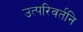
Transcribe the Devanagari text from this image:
उत्परिवर्तनि